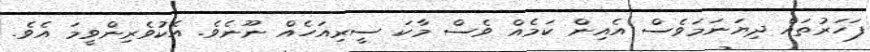
ފަހަރުތައް ދިޔަނަމަވެސް އެއިން ކަމެއް ވެސް މާކަ ސީރިއަހެއް ނޫނެވެ. އެކުވެރިންވީމަ އެވެ.